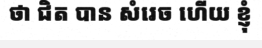
ថា ជិត បាន សំរេច ហើយ ខ្ញុំ